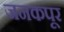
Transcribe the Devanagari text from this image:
जनकपूर